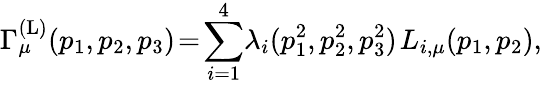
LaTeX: \Gamma_{\mu}^{(\mathrm{L})}(p_{1},p_{2},p_{3})\! =\! \sum_{i=1}^{4}\! \lambda_{i}(p_{1}^{2},p_{2}^{2},p_{3}^{2})\; \! L_{i,\mu}(p_{1},p_{2}),